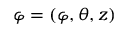
\boldsymbol { \varphi } = \left( \varphi , \theta , z \right)